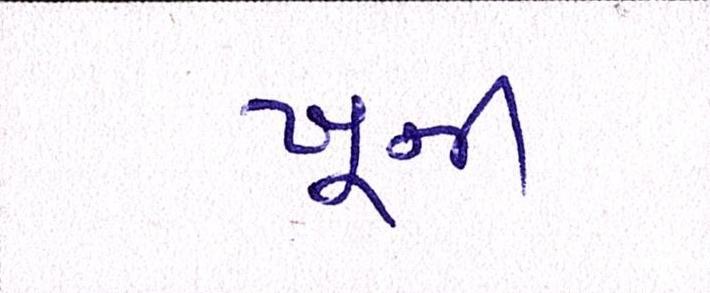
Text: ખૂની